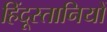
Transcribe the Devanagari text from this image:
हिंदूस्तानियों